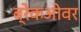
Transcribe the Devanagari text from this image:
ब्रेकओवर